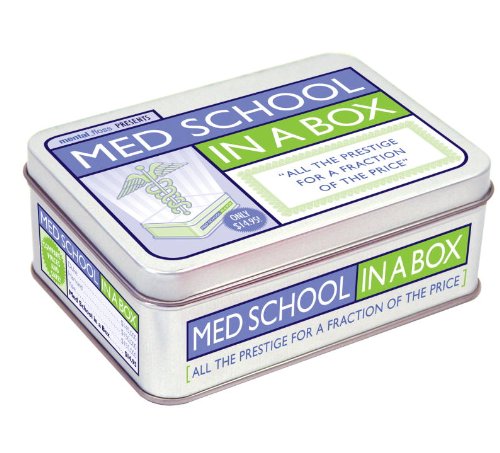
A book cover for Med School in a Box; mental_floss; Humor & Entertainment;